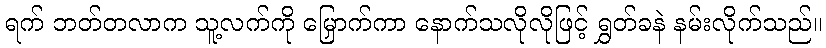
ရက် ဘတ်တလာက သူ့လက်ကို မြှောက်ကာ နောက်သလိုလိုဖြင့် ရွှတ်ခနဲ နမ်းလိုက်သည်။